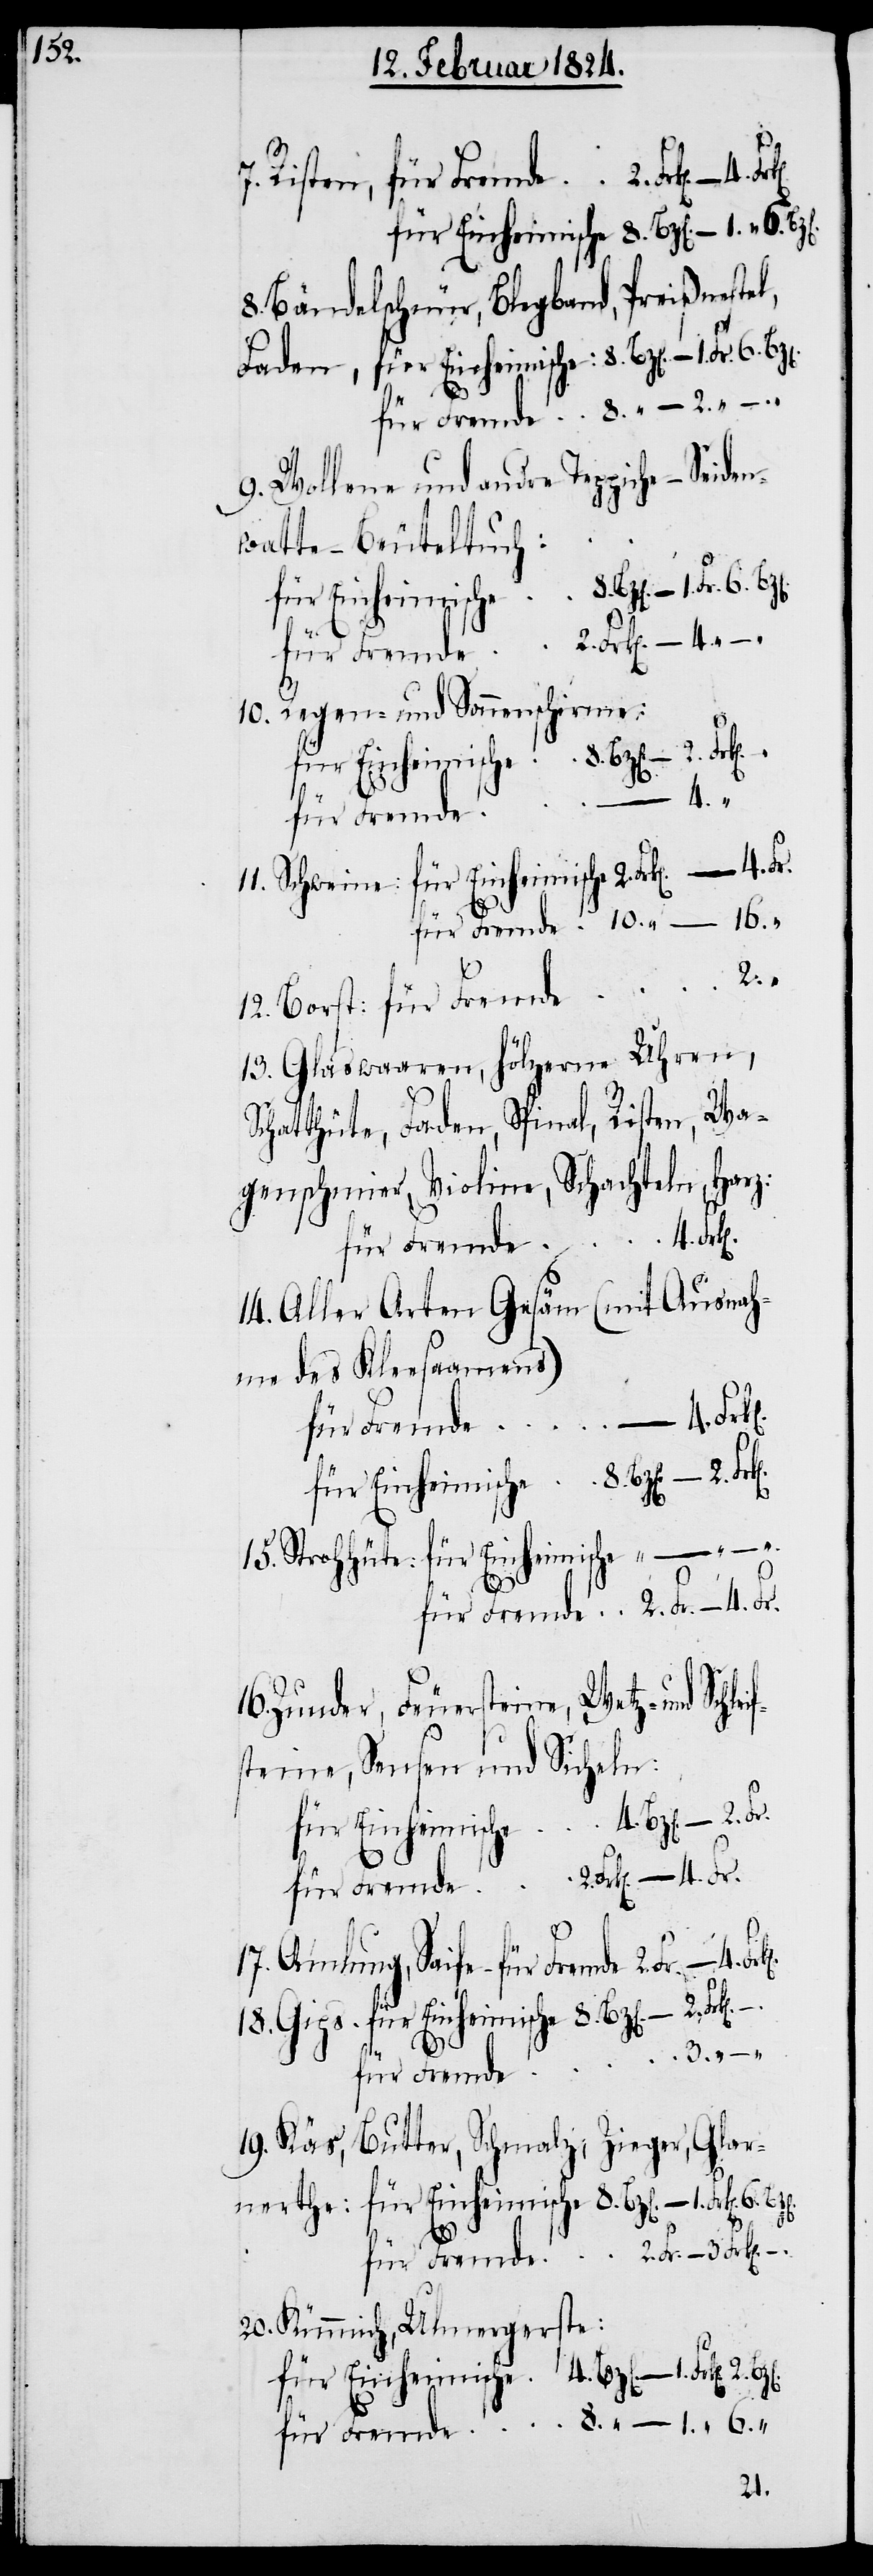
18.

für Einheimische
7. Risten,
8. Bändelschnür, Blegband, Preißnestel,
8.
9. Wollene und andere Teppiche – Sei¬
watte – Beuteltuch:
10. Regen- und Sonnenschirme:
“
– 4.
für Fremde
nerthe:
13. Glaswaaren, hölzerne Uhren,
Schatthüte, faden, Spinal, Risten, Wa¬
genschmier, Violine, Schachteln, Harz
14. Aller Arten Gesäm (mit Ausnah¬
me des Kleesaamens)
“
6.
16. Zunder, Feuersteine, Wetz- und Schlei¬
fsteine, Sausen und Sicheln:
19. Käs, Butter, Schmalz, Zieger, Glar¬
Kümmich, Ulmergerste:
11.